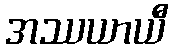
အဿယာယီ